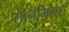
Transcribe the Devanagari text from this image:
सानमिगल